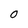
Character: 0